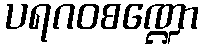
ပရဂဝစဏ္ဍော